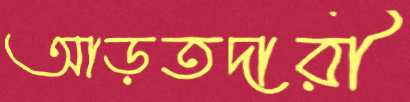
আড়তদারী